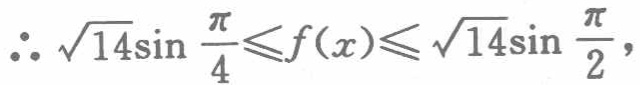
\(\therefore \sqrt{14}\sin \frac{\pi}{4}\leqslant f(x)\leqslant \sqrt{14}\sin \frac{\pi}{2},\)